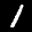
Label: 1